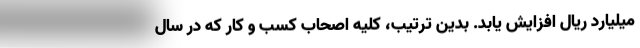
میلیارد ریال افزایش یابد. بدین ترتیب، کلیه اصحاب کسب و کار که در سال